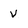
Character: V